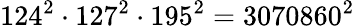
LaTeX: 124^{2}\cdot 127^{2}\cdot 195^{2}=3070860^{2}